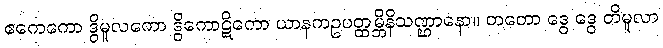
ဧကေကော ဒွိမူလကော ဒွိကောဋိကော ယာနကဥပတ္ထမ္ဘိနိသဏ္ဌာနော။ တတော ဒွေ ဒွေ တိမူလာ